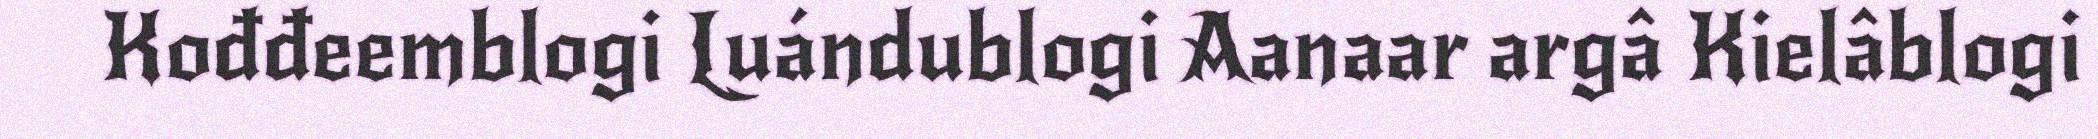
Kođđeemblogi Luándublogi Aanaar argâ Kielâblogi